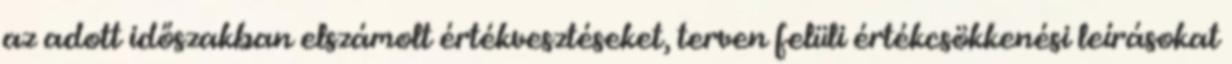
az adott időszakban elszámolt értékvesztéseket, terven felüli értékcsökkenési leírásokat